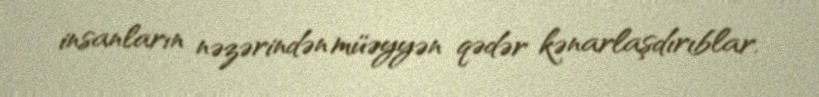
insanların nəzərindən müəyyən qədər kənarlaşdırıblar.